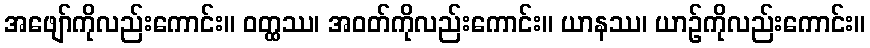
အဖျော်ကိုလည်းကောင်း။ ဝတ္ထဿ၊ အဝတ်ကိုလည်းကောင်း။ ယာနဿ၊ ယာဉ်ကိုလည်းကောင်း။